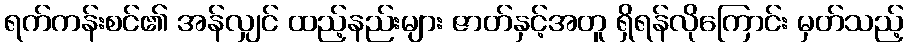
ရက်ကန်းစင်၏ အန်လျှင် ထည့်နည်းများ ဇာတ်နှင့်အတူ ရှိရန်လိုကြောင်း မှတ်သည့်